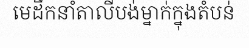
មេដឹកនាំតាលីបង់ម្នាក់ក្នុងតំបន់